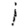
Digit: 1